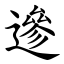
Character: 遪